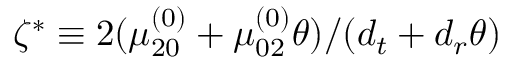
\zeta ^ { * } \equiv 2 ( \mu _ { 2 0 } ^ { ( 0 ) } + \mu _ { 0 2 } ^ { ( 0 ) } \theta ) / ( { d _ { t } } + { d _ { r } } \theta )